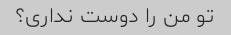
تو من را دوست نداری؟